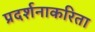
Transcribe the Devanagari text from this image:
प्रदर्शनाकरिता